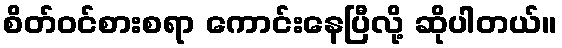
စိတ်ဝင်စားစရာ ကောင်းနေပြီလို့ ဆိုပါတယ်။